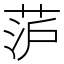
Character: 𮶥